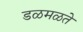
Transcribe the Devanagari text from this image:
डळमळते